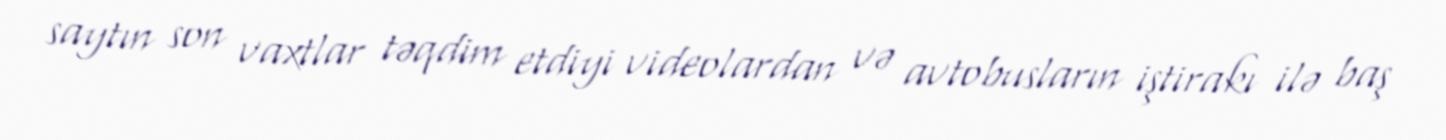
saytın son vaxtlar təqdim etdiyi videolardan və avtobusların iştirakı ilə baş